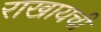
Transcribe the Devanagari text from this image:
राखायची